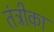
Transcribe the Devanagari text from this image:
तंत्रीका